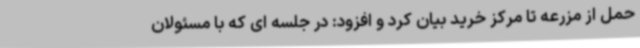
حمل از مزرعه تا مرکز خرید بیان کرد و افزود: در جلسه ای که با مسئولان